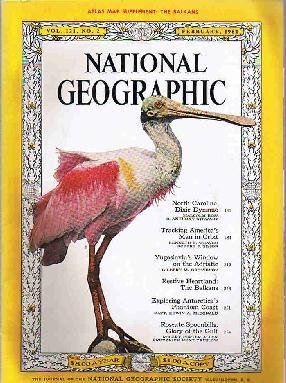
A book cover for National Geographic: February 1962 (Atlas Map Supplement: The Balkans) (Vol. 121); meremart; Crafts, Hobbies & Home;